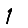
Digit: 1